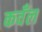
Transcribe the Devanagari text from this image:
कवँल